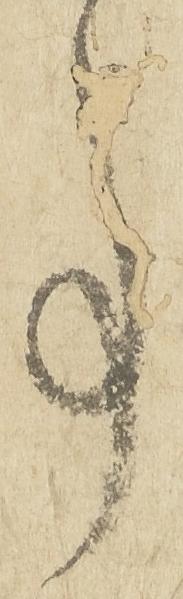
事